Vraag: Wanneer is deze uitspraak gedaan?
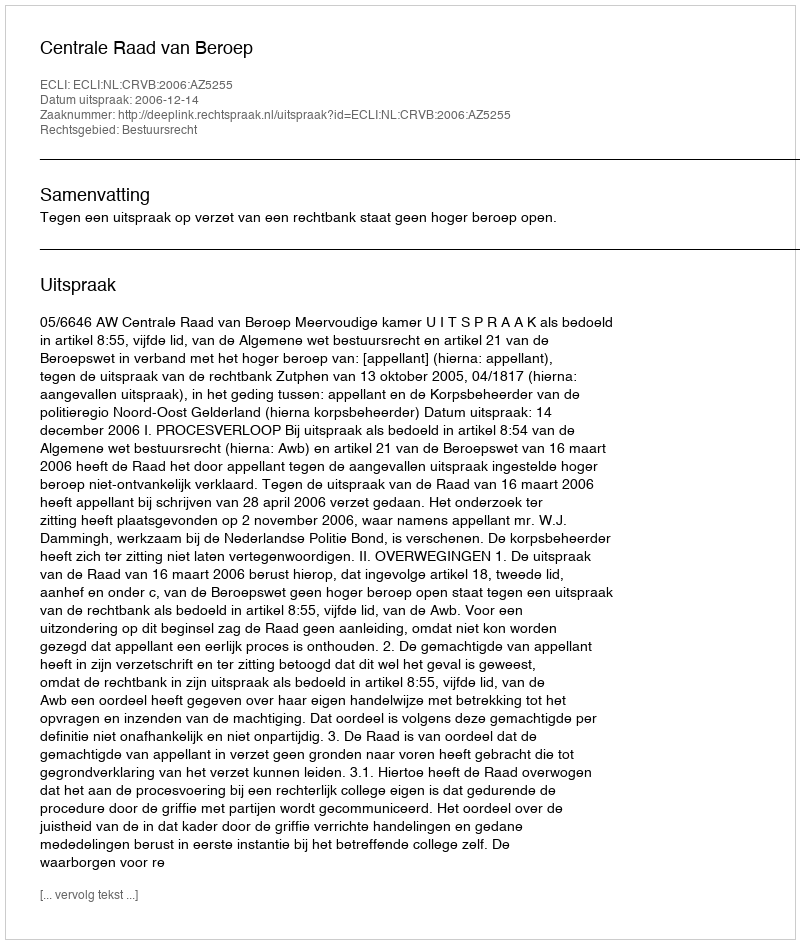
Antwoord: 2006-12-14